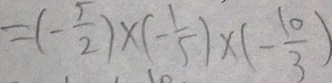
= ( - \frac { 5 } { 2 } ) \times ( - \frac { 1 } { 5 } ) \times ( - \frac { 1 0 } { 3 } )